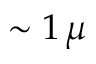
\sim 1 \, \mu